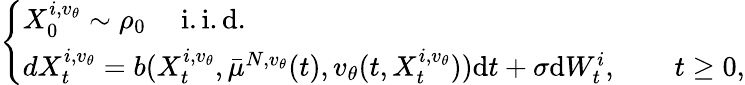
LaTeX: \begin{array}{r}{\left\{ \begin{array}{ll}{X_{0}^{i,v_{\theta}}\sim\rho_{0}\quad\mathrm{~i.i.d.}}\\ {dX_{t}^{i,v_{\theta}}=b(X_{t}^{i,v_{\theta}},\bar{\mu}^{N,v_{\theta}}(t),v_{\theta}(t,X_{t}^{i,v_{\theta}}))\mathrm{d}t+\sigma\mathrm{d}W_{t}^{i},\qquad t\ge 0,}\end{array}\right.}\end{array}